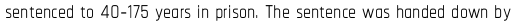
sentenced to 40-175 years in prison. The sentence was handed down by